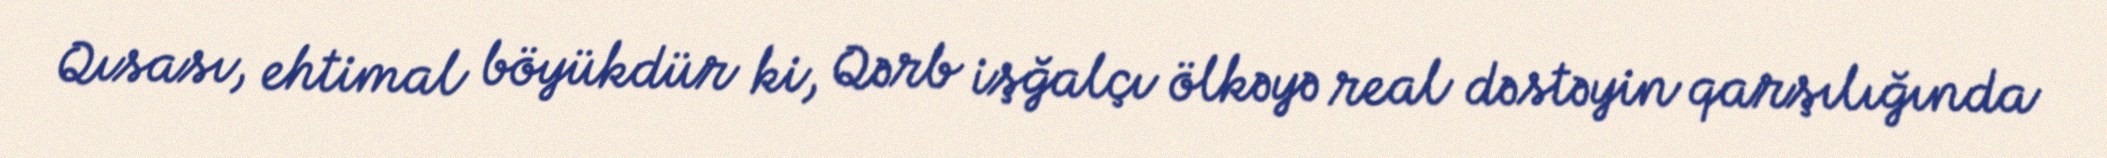
Qısası, ehtimal böyükdür ki, Qərb işğalçı ölkəyə real dəstəyin qarşılığında